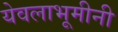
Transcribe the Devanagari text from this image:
येवलाभूमीनी